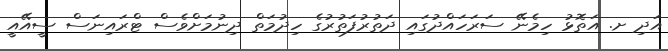
އަދި ށ. އަތޮޅު ހިމެނޭ ސަރަހައްދުގައި ދަތުރުފަތުރުގެ ހިދުމަތް ދިނުމަަށްވެސް ޓްރައިނަސް ސީއޭއީ